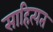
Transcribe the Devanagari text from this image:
साहित्यत